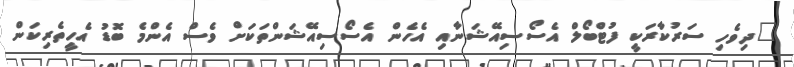
"ދިވެހި ސަރުކާރަކީ ފުޓްބޯލް އެސޯސިއޭޝަނާއި އެހެން އެސޯސިއޭޝަންތަކަށް ވެސް އެންމެ ބޮޑު އެހީތެރިކަން